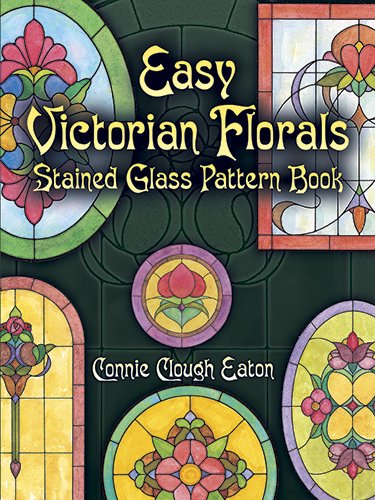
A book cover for Easy Victorian Florals Stained Glass Pattern Book (Dover Stained Glass Instruction); Connie Clough Eaton; Crafts, Hobbies & Home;